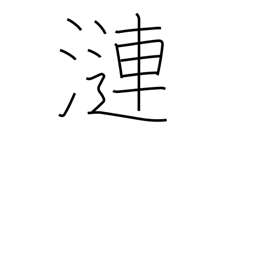
Meaning: ripples